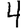
Digit: 4